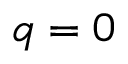
q = 0